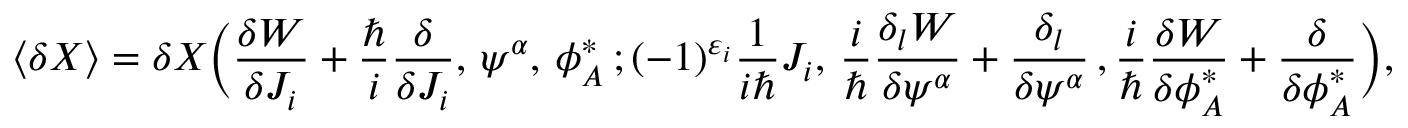
\langle \delta X \rangle = \delta X \bigg ( \frac { \delta { \cal W } } { \delta { \cal J } _ { i } } + \frac { \hbar } { i } \frac { \delta } { \delta { \cal J } _ { i } } , \, \psi ^ { \alpha } , \, \phi _ { A } ^ { * } \, ; ( - 1 ) ^ { \varepsilon _ { i } } \frac { 1 } { i \hbar } { \cal J } _ { i } , \, \frac { i } { \hbar } \frac { \delta _ { l } { \cal W } } { \delta \psi ^ { \alpha } } + \frac { \delta _ { l } } { \delta \psi ^ { \alpha } } \, , \frac { i } { \hbar } \frac { \delta { \cal W } } { \delta \phi _ { A } ^ { * } } + \frac { \delta } { \delta \phi _ { A } ^ { * } } \bigg ) ,